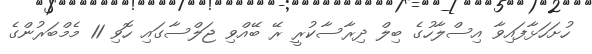
ހުށަހަޅާފައިވާ އިސްލާހުގެ ބިލް ދިރާސާކުރީ ރޭ ބޭއްވި ޖަލްސާގައި ހޮވި 11 މެމްބަރުންގެ